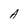
Character: A